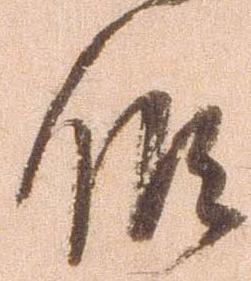
候